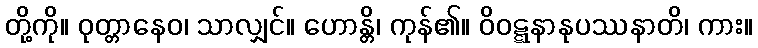
တို့ကို။ ဝုတ္တာနေဝ၊ သာလျှင်။ ဟောန္တိ၊ ကုန်၏။ ဝိဝဋ္ဋနာနုပဿနာတိ၊ ကား။